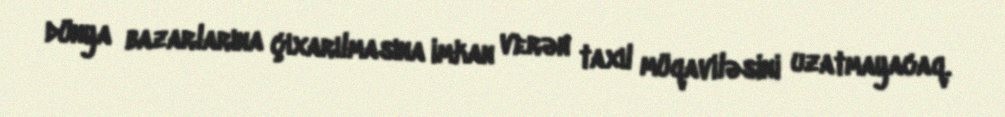
dünya bazarlarına çıxarılmasına imkan verən taxıl müqaviləsini uzatmayacaq.